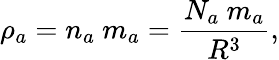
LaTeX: \rho_{a}=n_{a}\ m_{a}=\frac{N_{a}\ m_{a}}{R^{3}},